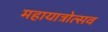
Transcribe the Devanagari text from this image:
महायात्रोत्सव